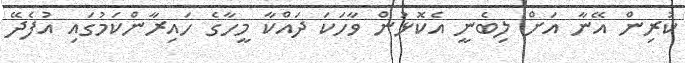
ކުރިން އޭނާ އަށް ލިބެނީ އެކޮޅުން ވާހަކަ ދައްކާ މީހާގެ ހައިރާންކަމުގައި އުފެދޭ